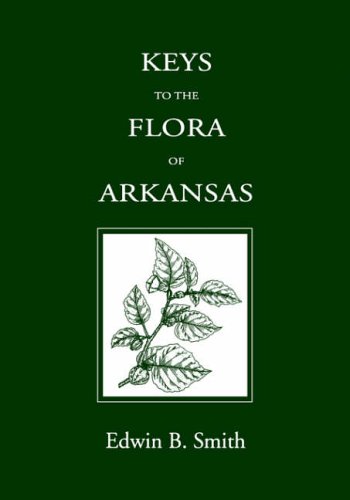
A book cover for Keys to the Flora of Arkansas; Edwin Smith; Science & Math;